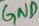
Text: GND